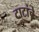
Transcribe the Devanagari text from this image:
टाटांचे